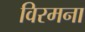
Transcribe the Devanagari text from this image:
विरमना